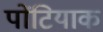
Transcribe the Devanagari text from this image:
पोंटियाक